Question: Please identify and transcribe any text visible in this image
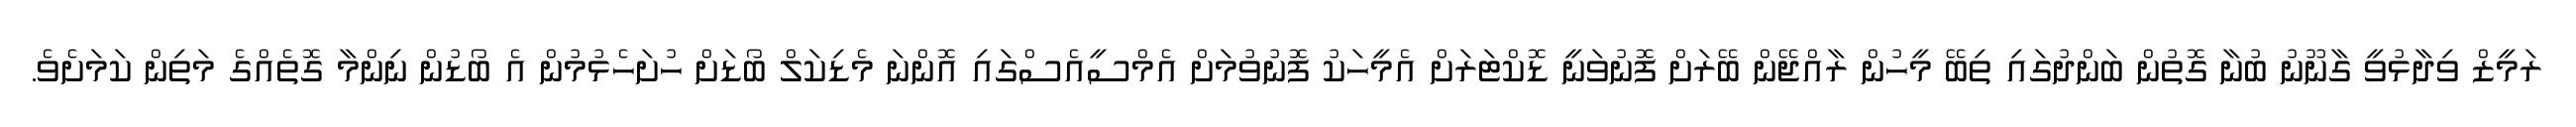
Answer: ރަމީޒް ވިދާޅުވީ ގާނޫނު ބުނާ ގޮތުން ބަންދުގައި ތިބޭ މީހުން ރާއްޖޭން ބޭރަށް ފޮނުވަނީ ޑޮކްޓަރަށް އެމީހަކު ފޮނުވުމަށް އެމްސީއެސްގައި އޮންނަ މެޑިކަލް ބޯޑަށް ހުށަހެޅުމުން އެ ބޯޑުން ނިންމާ ގޮތެއްގެ މަތިން ކަމަށެވެ.